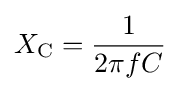
X_{\text{C}}={\frac {1}{2\pi fC}}